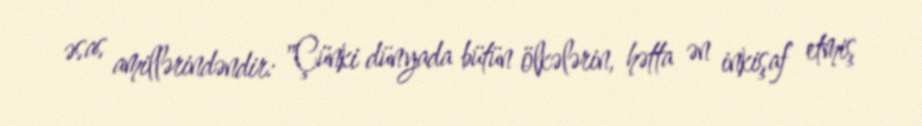
əsas amillərindəndir: "Çünki dünyada bütün ölkələrin, hətta ən inkişaf etmiş